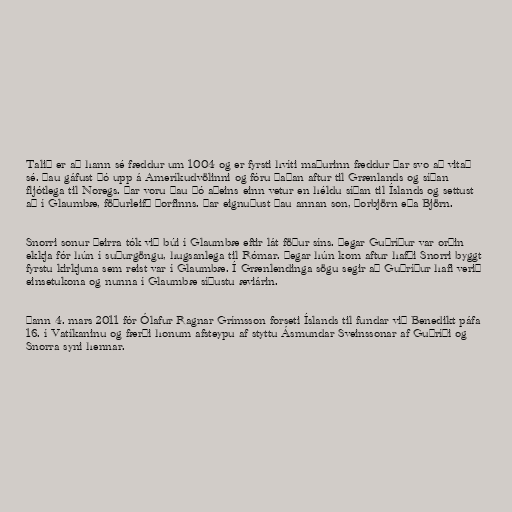
Talið er að hann sé fæddur um 1004 og er fyrsti hvíti maðurinn fæddur þar svo að vitað
sé. Þau gáfust þó upp á Ameríkudvölinni og fóru þaðan aftur til Grænlands og síðan
fljótlega til Noregs. Þar voru þau þó aðeins einn vetur en héldu síðan til Íslands og settust
að í Glaumbæ, föðurleifð Þorfinns. Þar eignuðust þau annan son, Þorbjörn eða Björn.

Snorri sonur þeirra tók við búi í Glaumbæ eftir lát föður síns. Þegar Guðríður var orðin
ekkja fór hún í suðurgöngu, hugsanlega til Rómar. Þegar hún kom aftur hafði Snorri byggt
fyrstu kirkjuna sem reist var í Glaumbæ. Í Grænlendinga sögu segir að Guðríður hafi verið
einsetukona og nunna í Glaumbæ síðustu æviárin.

Þann 4. mars 2011 fór Ólafur Ragnar Grímsson forseti Íslands til fundar við Benedikt páfa
16. í Vatíkaninu og færði honum afsteypu af styttu Ásmundar Sveinssonar af Guðríði og
Snorra syni hennar.